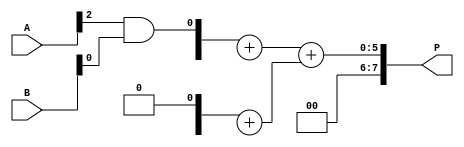
module dadda_multiplier #(parameter n = 4) (
    input [n-1:0] A,
    input [n-1:0] B,
    output reg [2*n-1:0] P
);
    // Partial product array
    wire [n-1:0] pp[n-1:0]; // Partial products

    // Generate partial products
    genvar i, j;
    generate
        for (i = 0; i < n; i = i + 1) begin : pp_gen
            for (j = 0; j < n; j = j + 1) begin : pp_row
                assign pp[i][j] = A[i] & B[j]; // AND operation for partial products
            end
        end
    endgenerate

    // Reduction tree
    wire [n-1:0] sum[n-1:0]; // Sums from the reduction tree
    wire [n-1:0] carry[n-1:0]; // Carries from the reduction tree

    // Stage 1: Reduce partial products
    genvar k;
    generate
        for (k = 0; k < n; k = k + 1) begin : reduction_stage1
            if (k < n - 1) begin
                assign sum[k][0] = pp[k][0]; // First column
                assign carry[k][0] = 1'b0; // No carry for the first column
                if (k < n - 2) begin
                    assign sum[k][1] = pp[k][1] ^ pp[k+1][0]; // XOR for sum
                    assign carry[k][1] = pp[k][1] & pp[k+1][0]; // AND for carry
                end
            end
        end
    endgenerate

    // Further stages of reduction would follow the same pattern
    // This is a simplified example; you would need to implement
    // more stages based on the Dadda algorithm.

    // Final addition of the last two rows
    wire [2*n-1:0] final_sum;
    wire [2*n-1:0] final_carry;

    // Final addition using a simple adder (could be a more complex adder)
    assign final_sum = sum[n-2] + sum[n-1];
    assign final_carry = carry[n-2] + carry[n-1];

    // Output the final product
    always @(*) begin
        P = final_sum + final_carry; // Output the final product
    end

endmodule